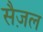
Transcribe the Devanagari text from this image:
सैज़ल